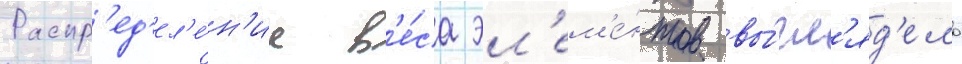
Распр'ед'ел'е́н'ие в'е́са эл'ем'е́нтов вы́гл'яд'ело